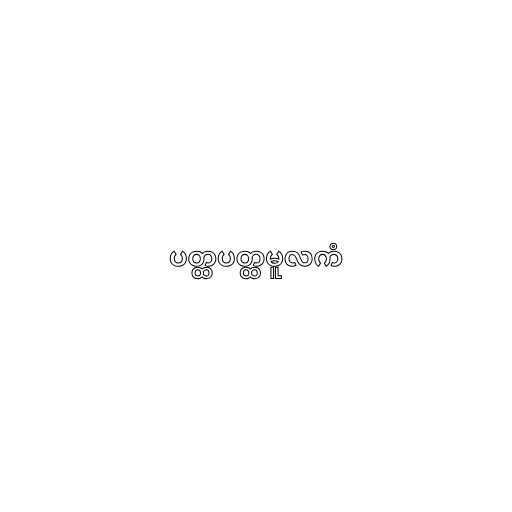
ပတ္ထပတ္ထမူလကံ